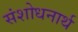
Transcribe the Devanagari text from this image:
संशोधनार्थ